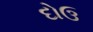
દોઉ